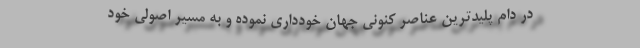
در دام پلیدترین عناصر کنونی جهان خودداری نموده و به مسیر اصولی خود